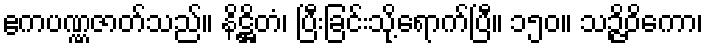
ဧကပဏ္ဏဇာတ်သည်။ နိဋ္ဌိတံ၊ ပြီးခြင်းသို့ရောက်ပြီ။ ၁၅၀။ သဉ္ဇိဝိကော၊